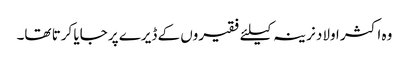
وہ اکثر اولاد نرینہ کیلئے فقیروں کے ڈیرے پر جایا کرتا تھا۔